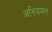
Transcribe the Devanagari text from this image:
अनियमन